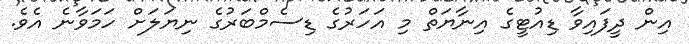
އިން ދީފައިވާ ޑިއުޓީގެ އިނާޔަތް މި އަހަރުގެ ޑިސެމްބަރުގެ ނިޔަލަށް ހަމަވާނެ އެވެ.